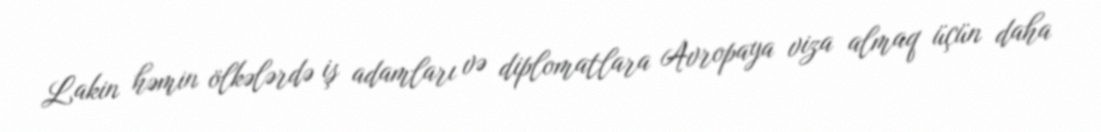
Lakin həmin ölkələrdə iş adamları və diplomatlara Avropaya viza almaq üçün daha